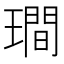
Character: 𤩎